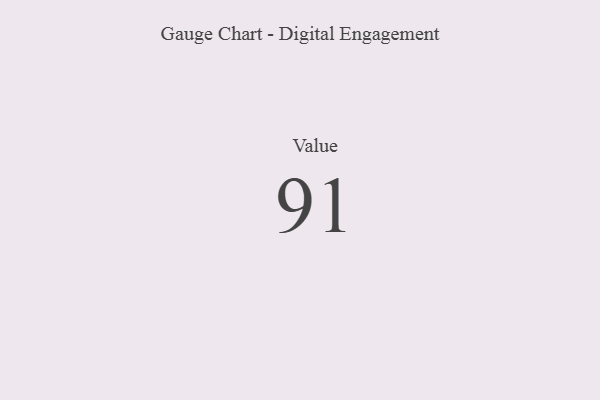
{"axis": {"x": "Metric", "y": "Value"}, "legend": [""], "data": [{"x": "Value", "y": 91, "type": ""}]}